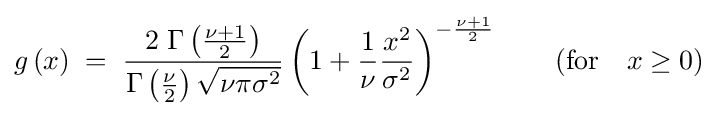
g\left(x\right)\;=\;{\frac {2\;\Gamma \left({\frac {\nu +1}{2}}\right)}{\Gamma \left({\frac {\nu }{2}}\right){\sqrt {\nu \pi \sigma ^{2}}}}}\left(1+{\frac {1}{\nu }}{\frac {x^{2}}{\sigma ^{2}}}\right)^{-{\frac {\nu +1}{2}}}\qquad ({\mbox{for}}\quad x\geq 0)